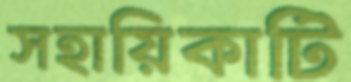
সহায়িকাটি